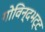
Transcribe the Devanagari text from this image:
गोविन्दभट्ट